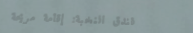
فندق النخبة: إقامة مريحة